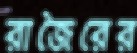
রাজৈরের